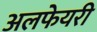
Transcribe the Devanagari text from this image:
अलफेयरी